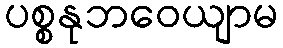
ပစ္စနုဘဝေယျာမ